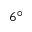
6 ^ { \circ }